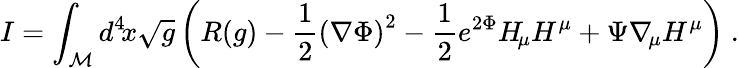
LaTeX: I=\int_{\cal{M}}d^{4}\! x\sqrt{g}\left(R(g)-{\frac{1}{2}}\left(\nabla\Phi\right)^{2}-{\frac{1}{2}}e^{2\Phi}H_{\! \mu}H^{\mu}+\Psi\nabla_{\! \mu}H^{\mu}\right)\ .